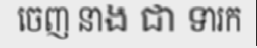
ចេញ នាង ជា ទារក